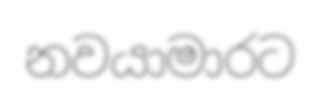
නවයාමාරට